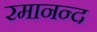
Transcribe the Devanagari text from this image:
रमानन्द